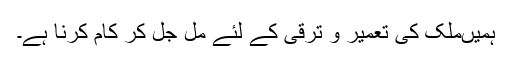
ہمیںملک کی تعمیر و ترقی کے لئے مل جل کر کام کرنا ہے۔